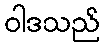
ဝါဒသည်